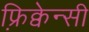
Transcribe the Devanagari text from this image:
फ़्रिक्वेन्सी